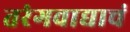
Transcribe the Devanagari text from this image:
तरंगवाद्याचं